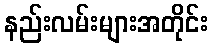
နည်းလမ်းများအတိုင်း